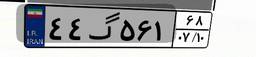
۴۴گ۵۶۱۶۸